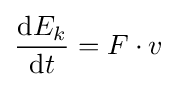
{\frac {\mathrm {d} E_{k}}{\mathrm {d} t}}=F\cdot v